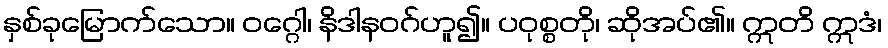
နှစ်ခုမြောက်သော။ ဝဂ္ဂေါ၊ နိဒါနဝဂ်ဟူ၍။ ပဝုစ္စတို၊ ဆိုအပ်၏။ ဣတိ ဣဒံ၊